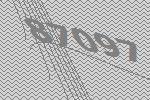
87097